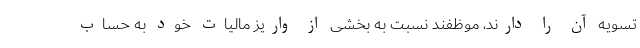
تسویه آن را دارند، موظفند نسبت به بخشی از واریز مالیات خود به حساب